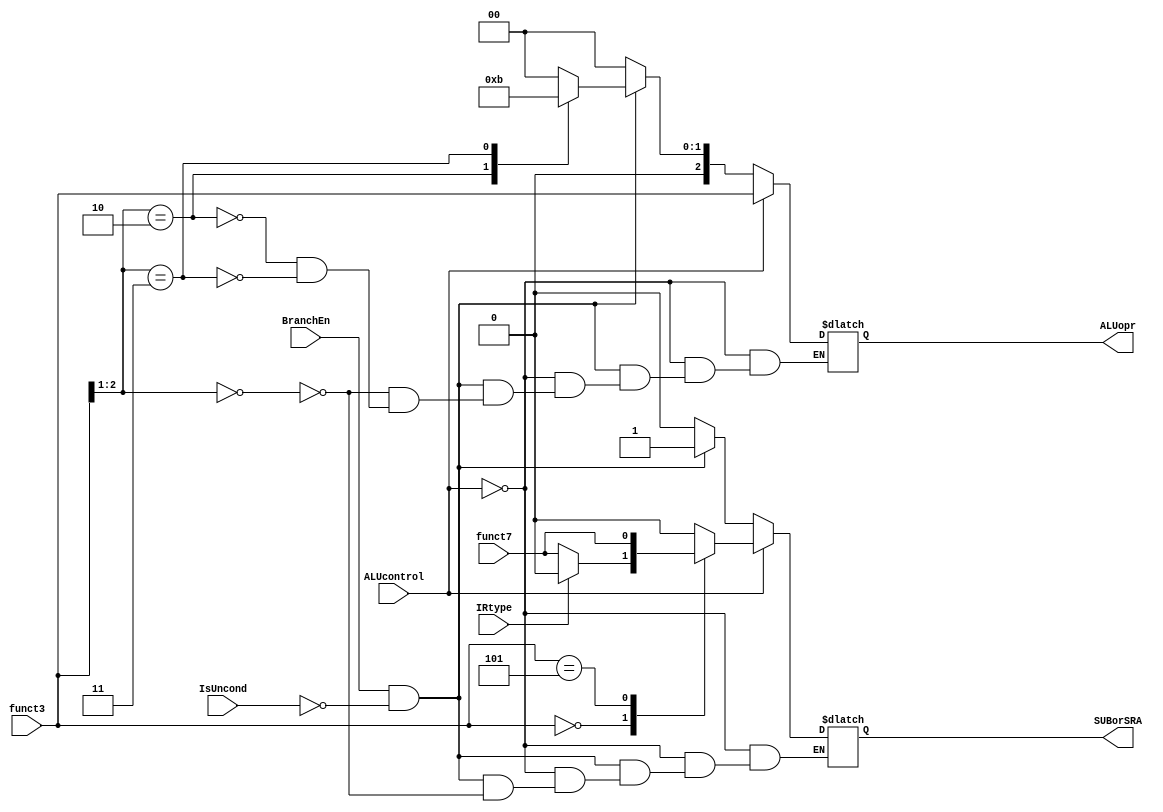
module ALUopration(ALUcontrol, IRtype, BranchEn, IsUncond, funct7, funct3, ALUopr, SUBorSRA); 
  input [2:0] funct3; 
  input ALUcontrol, IRtype, BranchEn, IsUncond, funct7; 
  output reg[2:0] ALUopr; 
  output reg SUBorSRA; 
  
  always @* begin 
    // ***** R and computational-I type instructions ***** 
    if (ALUcontrol) begin // basic ALU operation is specified in funct3; not default ADD and SUBorSRA = 0 
      ALUopr = funct3; 
      case (ALUopr) 
        // specifing SUB operation 
        (3'b000): begin 
          if (!IRtype) // R-type 
            SUBorSRA = funct7; 
          else         // I-type 
            SUBorSRA = 0; 
        end 
        // specifing SRA operation 
        (3'b101): SUBorSRA = funct7; 
        default SUBorSRA = 0; 
      endcase 
    end 
    
    // ***** B type instructions *****   
    else if (BranchEn && !IsUncond) begin 
      case (funct3[2:1]) 
        (2'b00): begin ALUopr = 3'b000; SUBorSRA = 1; end // BEQ and BNE 
        (2'b10): ALUopr = 3'b010; // BLT and BGE 
        (2'b11): ALUopr = 3'b011; // BLTU and BGEU 
      endcase 
    end 
    
    // ***** all other instructions ***** 
    // -> other instructions all use default ADD and SUBorSRA = 0. 
    else begin 
      ALUopr = 3'b000; SUBorSRA = 0; 
    end 
  end 
endmodule